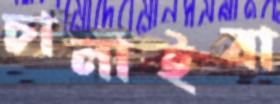
চালাইবা